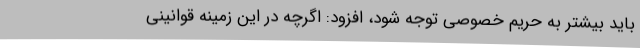
باید بیشتر به حریم خصوصی توجه شود،‌ افزود: اگرچه در این زمینه قوانینی